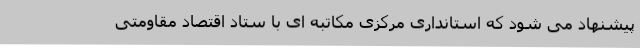
پیشنهاد می شود که استانداری مرکزی مکاتبه ای با ستاد اقتصاد مقاومتی